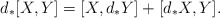
\begin{align*}d_*[X,Y] = [X, d_*Y] + [d_*X,Y]. \end{align*}